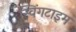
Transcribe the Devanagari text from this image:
स्विंगटाइम